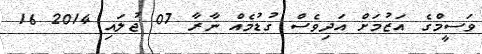
ވަސީމްގެ އަޒުމަށް އަދިވެސް ގުޑުމެއް ނާރާ 07 ޖުލައި 2014 16